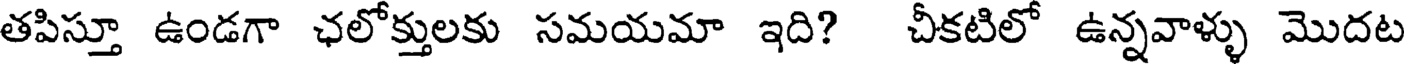
తపిస్తూ ఉండగా ఛలోక్తులకు సమయమా ఇది? చీకటిలో ఉన్నవాళ్ళు మొదట